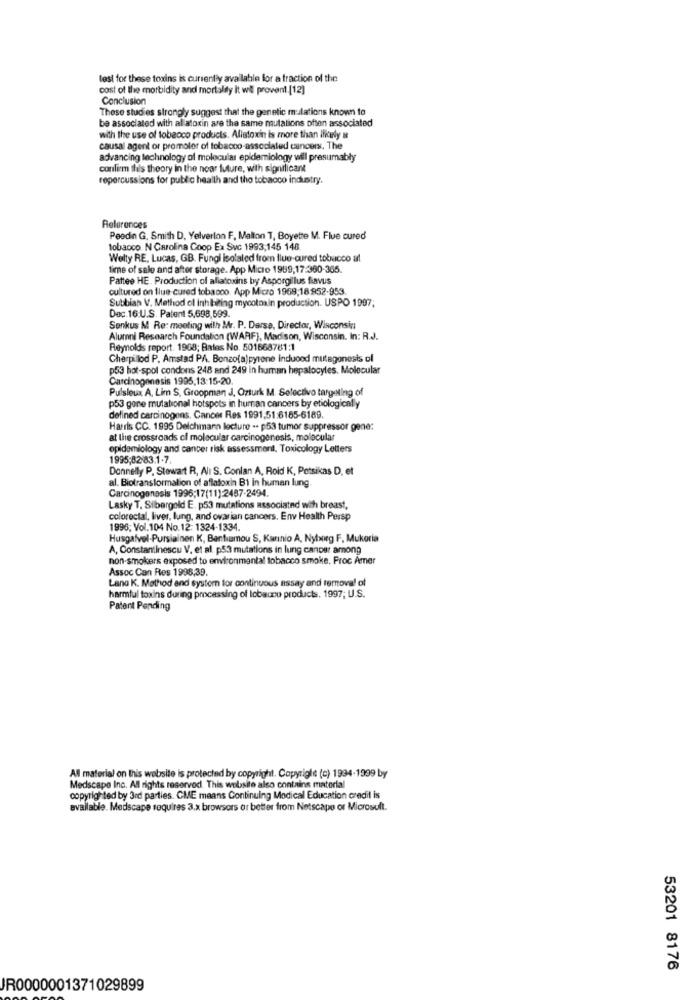
test for these toxins is currently available for a fraction of the
cost of the morbidity and mortality it wil proven! [12]
Conclusion
These studies strongly suggest that the genetic mulations known to
be associated with allatoxin are the same mutations often associated
with the use of tobacco products. Allatoxin is more than ilkely &
causal agent or promoter of tobacco-associated cancers. The
advancing technology of molecular epidemiology will presumably
confirm this theory in the near future, with significant
repercussions for public health and the tobacco industry.
Relerences
Peedin G. Smith D, Yelverton F. Mallon T, Boyette M. Flue cured
tobacco N Carolina Coop Ex Svc 1993,145 148
Welty RE, Lucas, GB. Fungi isolated from flue-cured tobucco al
time of sale and after storage. App Micro 1989,17:300-365.
Pattee HE. Production of aliatoxins by Aspergillus flavus
cultured on flue cured tobacco. App Micro 1969;18952-953.
Subbiah V. Method of Inhibiting mycotoxin production. USPO 1997;
Dec 16.U.S. Patent 5,698,599.
Senkus M Re: meeting with Mr. P. Darse, Director, Wisconsin
Alumni Research Foundation (WARF), Madison, Wisconsin. In: R.J.
Reynolds report. 1968; Bates No. 501668781:1
Cherpillod P. Amstad PA. Bonzo(a)pyrone induced mutagenesis of
p53 hot-spol condors 248 and 249 in human hepatocytes. Molecular
Carcinogenesis 1995,13:15-20.
Pulsleux, A, Lim S. Groopman J, Ozturk M. Selectivo targeting of
p53 gone mutational hotspots in human cancers by etiologically
defined carcinogens. Cancer Res 1991,51:6185-6189.
Harris CC. 1995 Deichmann lecture .. p53 tumor suppressor gene:
at the crossroads of molecular carcinogenesis, molecular
epidemiology and cancer risk assessment. Toxicology Letters
1995;82/83.1.7.
Donnelly P. Stewart R, Alı S. Conlan A, Roid K, Petsikas D, et
al. Biotransformation of aflatoxin B1 in human lung.
Carcinogenesis 1996;17(11):2487-2494.
Lasky T. Sibargeld E. p53 mutations associated with breast,
colorectal, liver, lung, and ovarian cancers. Env Health Persp
1996; Vol.104 No.12: 1324-1334.
Husgafvel-Pursiainen K, Banfiamou S, Karinio A, Nyborg F, Mukoria
A, Constantinescu V. et al. p53 mutations in lung cancer among
non-smokers exposed to environmental tobacco smoke, Proc Amer
Assoc Can Res 1998,39.
Lang K. Method and system for continuous essay and removal of
harmful toxins during processing of tobacco products. 1997; U.S.
Patent Pending
All material on this website is protected by copyright. Copyright (c) 1994-1999 by
Medscape Inc. All rights reserved. This website also contains material
copyrighted by 3rd parties. CME means Continuing Medical Education credit is
available. Medscape soquires 3.x browsers or better from Netscape or Microsoft.
53201 8176
IR0000001371029899